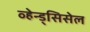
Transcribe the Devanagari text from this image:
व्हेन्ड्सिसेल